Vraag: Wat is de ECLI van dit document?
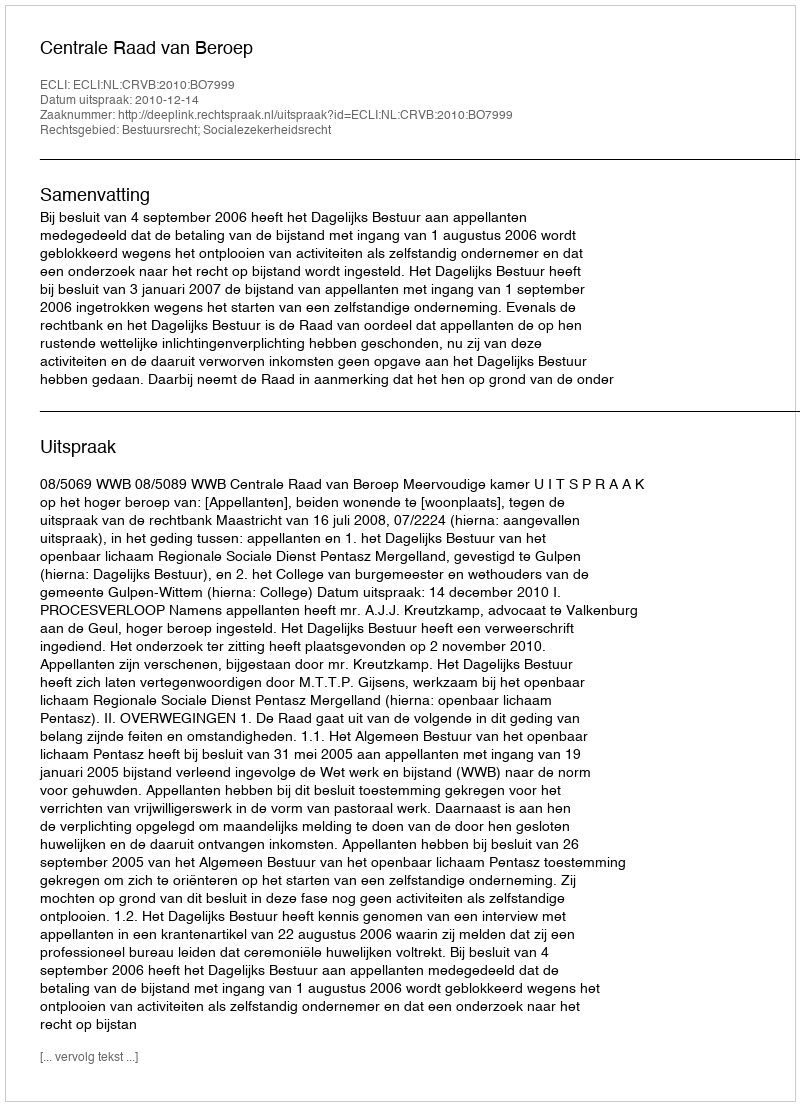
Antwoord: ECLI:NL:CRVB:2010:BO7999